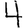
Digit: 4